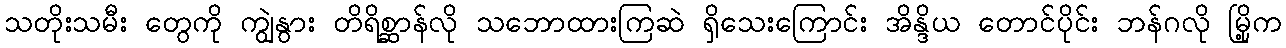
သတိုးသမီး တွေကို ကျွဲနွား တိရိစ္ဆာန်လို သဘောထားကြဆဲ ရှိသေးကြောင်း အိန္ဒိယ တောင်ပိုင်း ဘန်ဂလို မြို့က